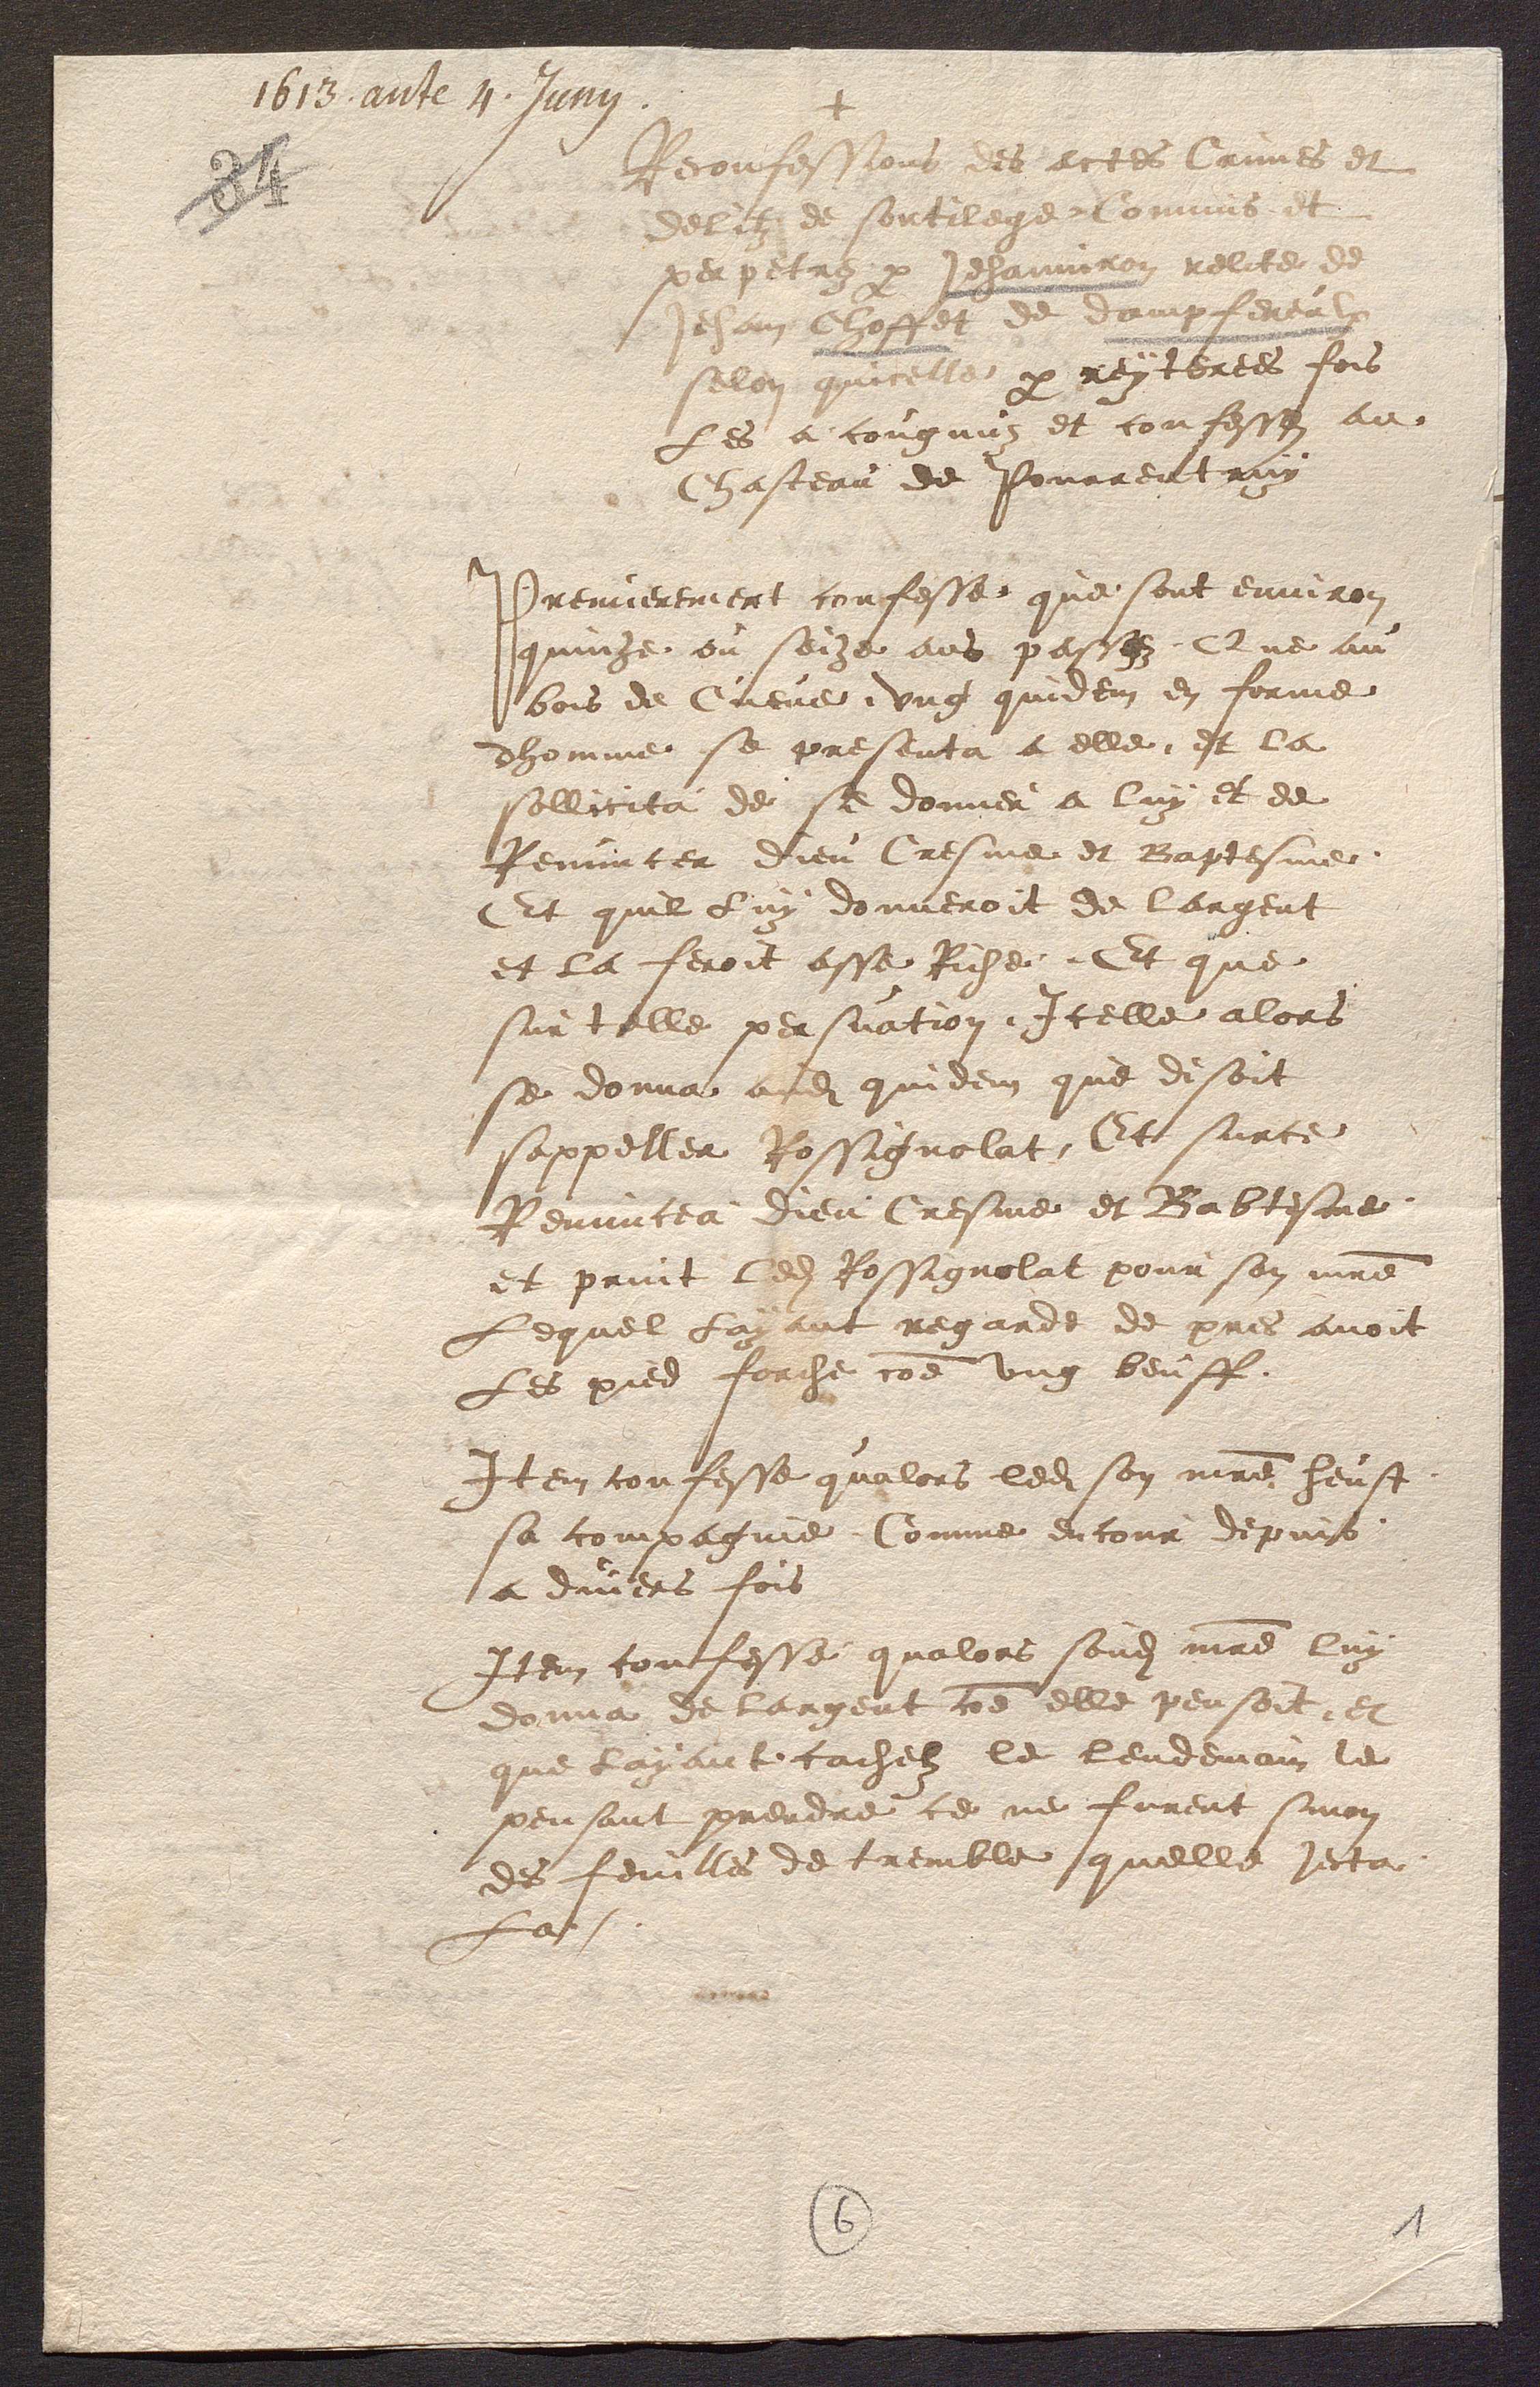
+
Reconfessions des actes Crumes et
delitz de sontilege Commis et
perpetre par Jehanniron relite de
Jehan Choffet de dampfereulx
selon quicelle par reytertes fois
Les a congnus et confesses au
Chasteau de Pourrentruy
Premierement confesse que sont environ
quinze ou soize ans passez Que au
bois de Cueve ung quidem en forme
dhomme se presenta a elle et la
sollicita de se donner a luy et de
Renuncer dieu Cresme et Baptesme
Et quil luy donneroit de largent
et la feroit asse Riche Et que
sur telle persuation Icelle alors
se donna adit quidem que disoit
sappeller Rossignolat Et surce
Renuncea dieu Cresme et Babtesme
et print ledit Rossignolat pour son maitre
Lequel Layant regarde de pres avoit
Les psed forche comme ung beuff
Item confesse qualors ledit son maitre heust
sa compagnie Comme encour depuis
a divers fois
Item confesse qualors sondit maitre luy
donna de largent coe elle pensoit et
que layant cachelz le lendemain le
pensant prendre ce ne furent sinon
des feuilles de tremble quelle jecta
la